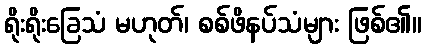
ရိုးရိုးခြေသံ မဟုတ်၊ စစ်ဖိနပ်သံများ ဖြစ်၏။